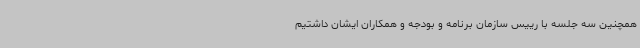
همچنین سه جلسه با رییس سازمان برنامه و بودجه و همکاران ایشان داشتیم